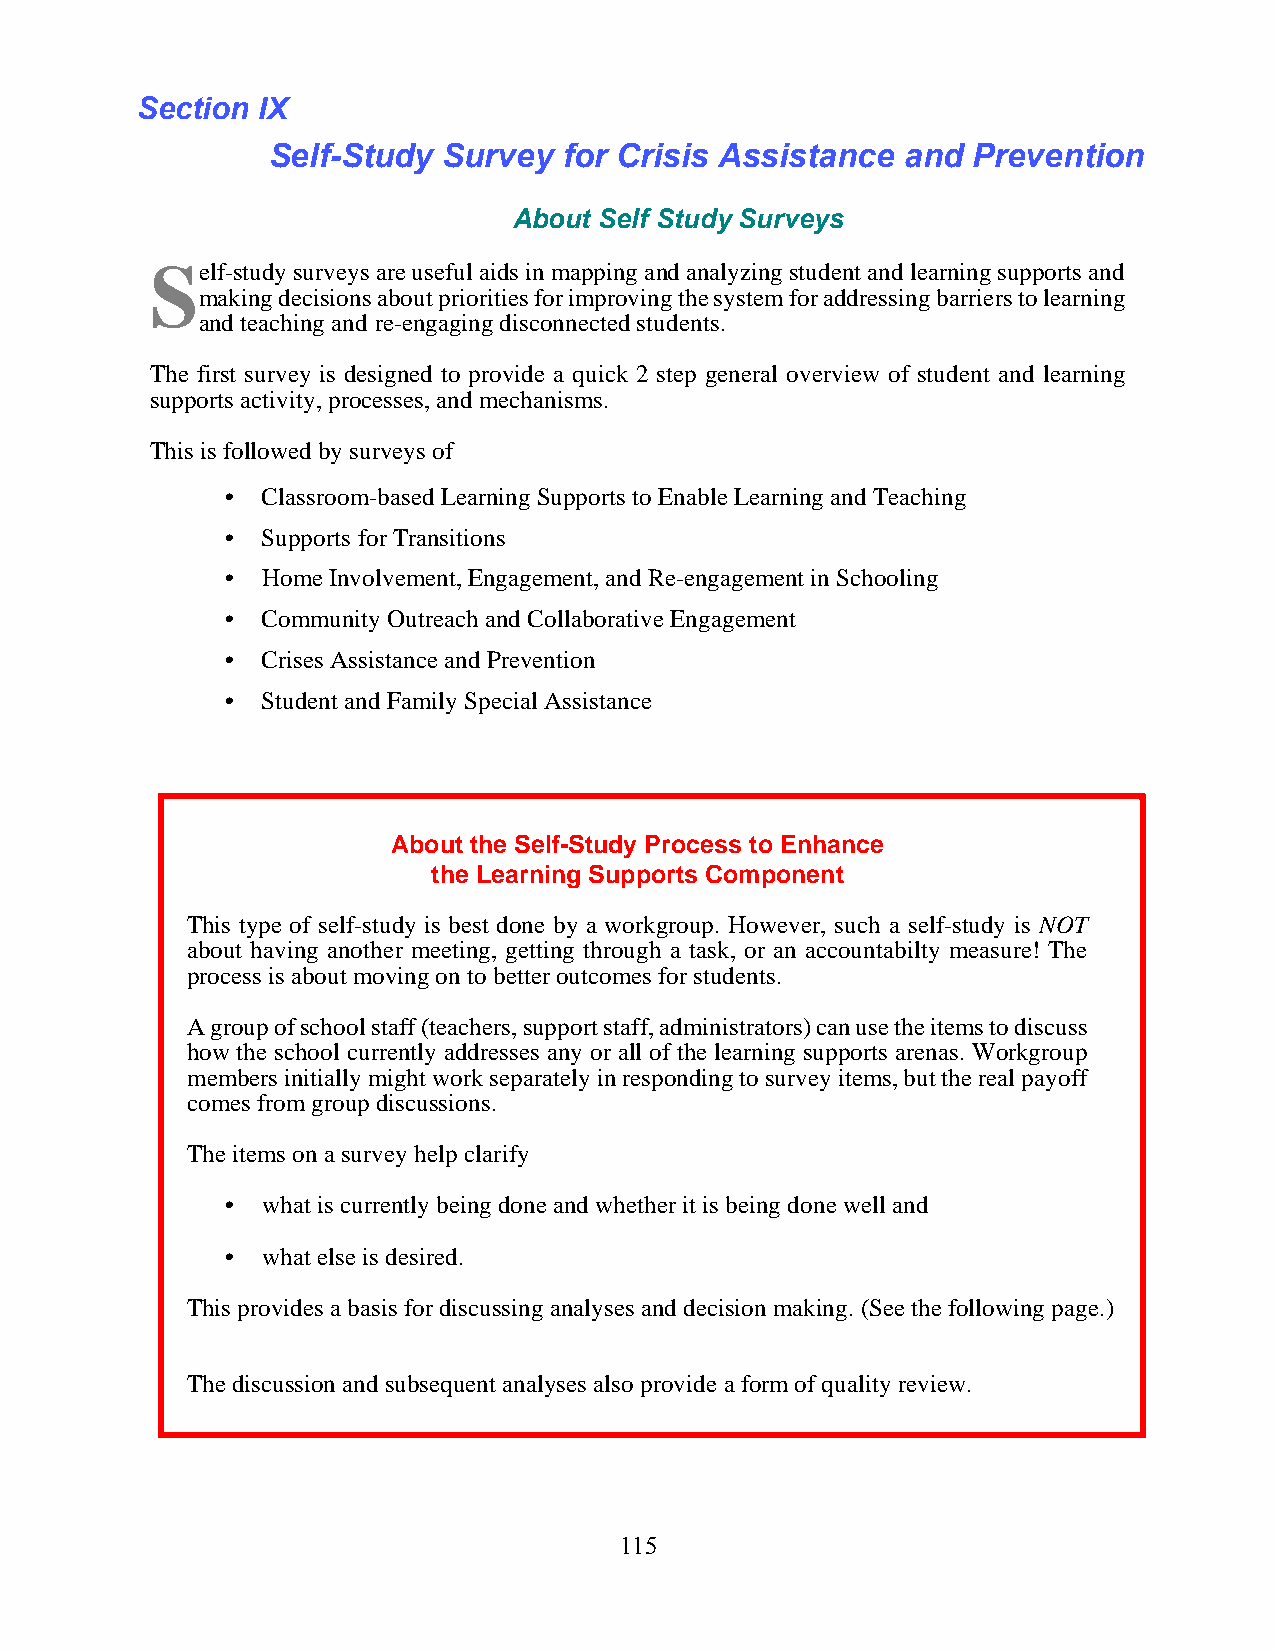
Section IX
 Self-Study Survey  for Crisis Assistance  and Prevention
 About Self Study Surveys
 Self-study surveys are useful aids in mapping and analyzing student and learning supports and
 making decisions about priorities for improving the system for addressing barriers to learning
 and teaching and re-engaging disconnected students.
 The first survey is designed to provide a quick 2 step general overview of student and learning
 supports activity, processes, and mechanisms.
 This is followed by surveys of
 • Classroom-based Learning Supports to Enable Learning and Teaching
 • Supports for Transitions
 • Home Involvement, Engagement, and Re-engagement in Schooling
 • Community Outreach and Collaborative Engagement
 • Crises Assistance and Prevention
 • Student and Family Special Assistance
 About the Self-Study Process to Enhance
 the Learning Supports Component
 This type of self-study is best done by a workgroup. However, such a self-study is NOT
 about having another meeting, getting through a task, or an accountabilty measure! The
 process is about moving on to better outcomes for students.
 A group of school staff (teachers, support staff, administrators) can use the items to discuss
 how the school currently addresses any or all of the learning supports arenas. Workgroup
 members initially might work separately in responding to survey items, but the real payoff
 comes from group discussions.
 The items on a survey help clarify
 • what is currently being done and whether it is being done well and
 • what else is desired.
 This provides a basis for discussing analyses and decision making. (See the following page.)
 The discussion and subsequent analyses also provide a form of quality review.
 115